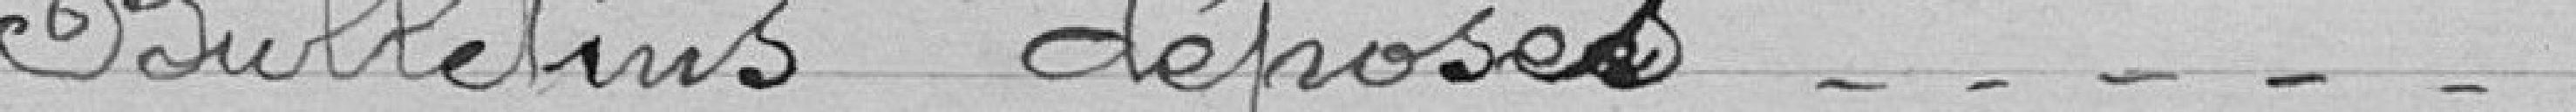
Bulletins déposés 18